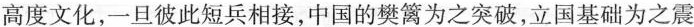
高度文化，一旦彼此短兵相接，中国的樊篱为之突破，立国基础为之震